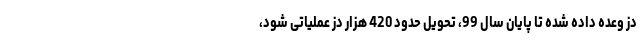
دز وعده داده شده تا پایان سال 99، تحویل حدود 420 هزار دز عملیاتی شود،